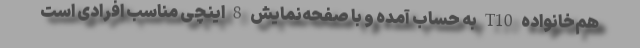
هم‌خانواده T10 به حساب آمده و با صفحه‌نمایش 8 اینچی مناسب افرادی است